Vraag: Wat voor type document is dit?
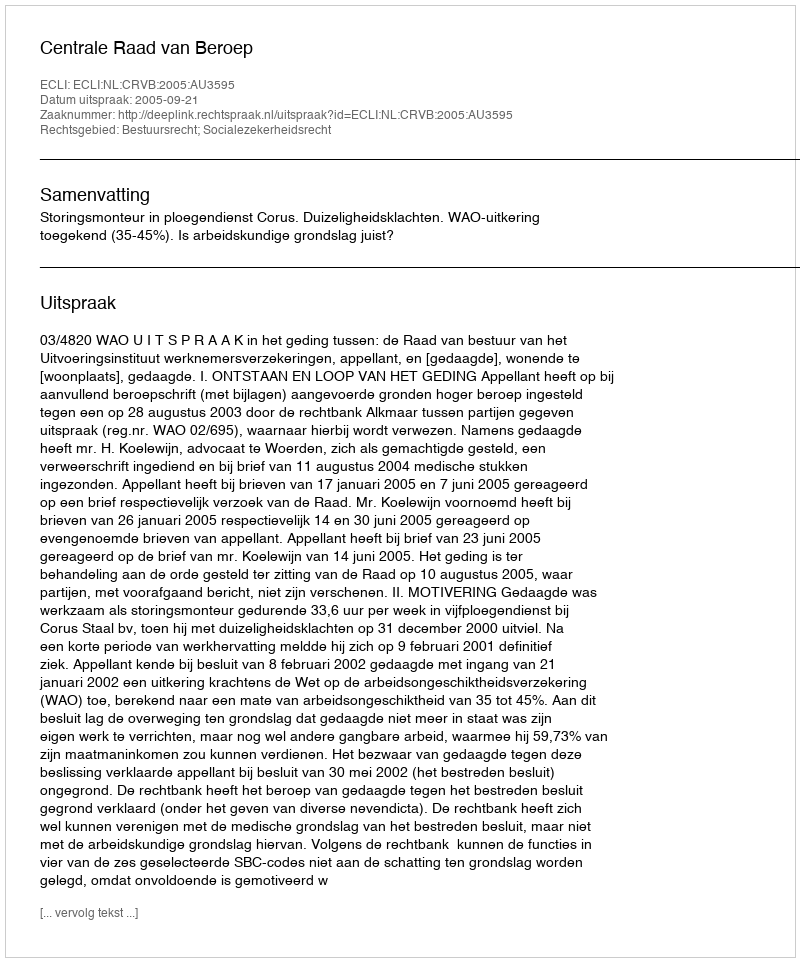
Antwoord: Uitspraak